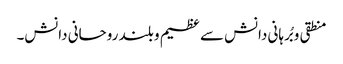
منطقی و بُرہانی دانش سے عظیم و بلند روحانی دانش۔